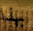
بهذا